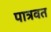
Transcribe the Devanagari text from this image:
पात्रवत